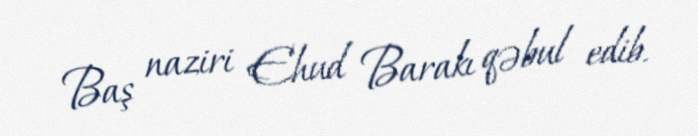
Baş naziri Ehud Barakı qəbul edib.